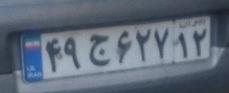
۴۹ج۶۲۷۱۲